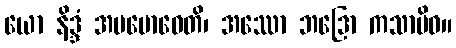
ယော နိဒ္ဒံ အပဗောဓေတိ၊ အဿော ဘဒြော ကသာမိဝ။